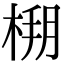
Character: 𣔒